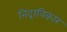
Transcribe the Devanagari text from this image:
निद्राविकार